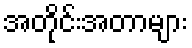
အတိုင်းအတာများ